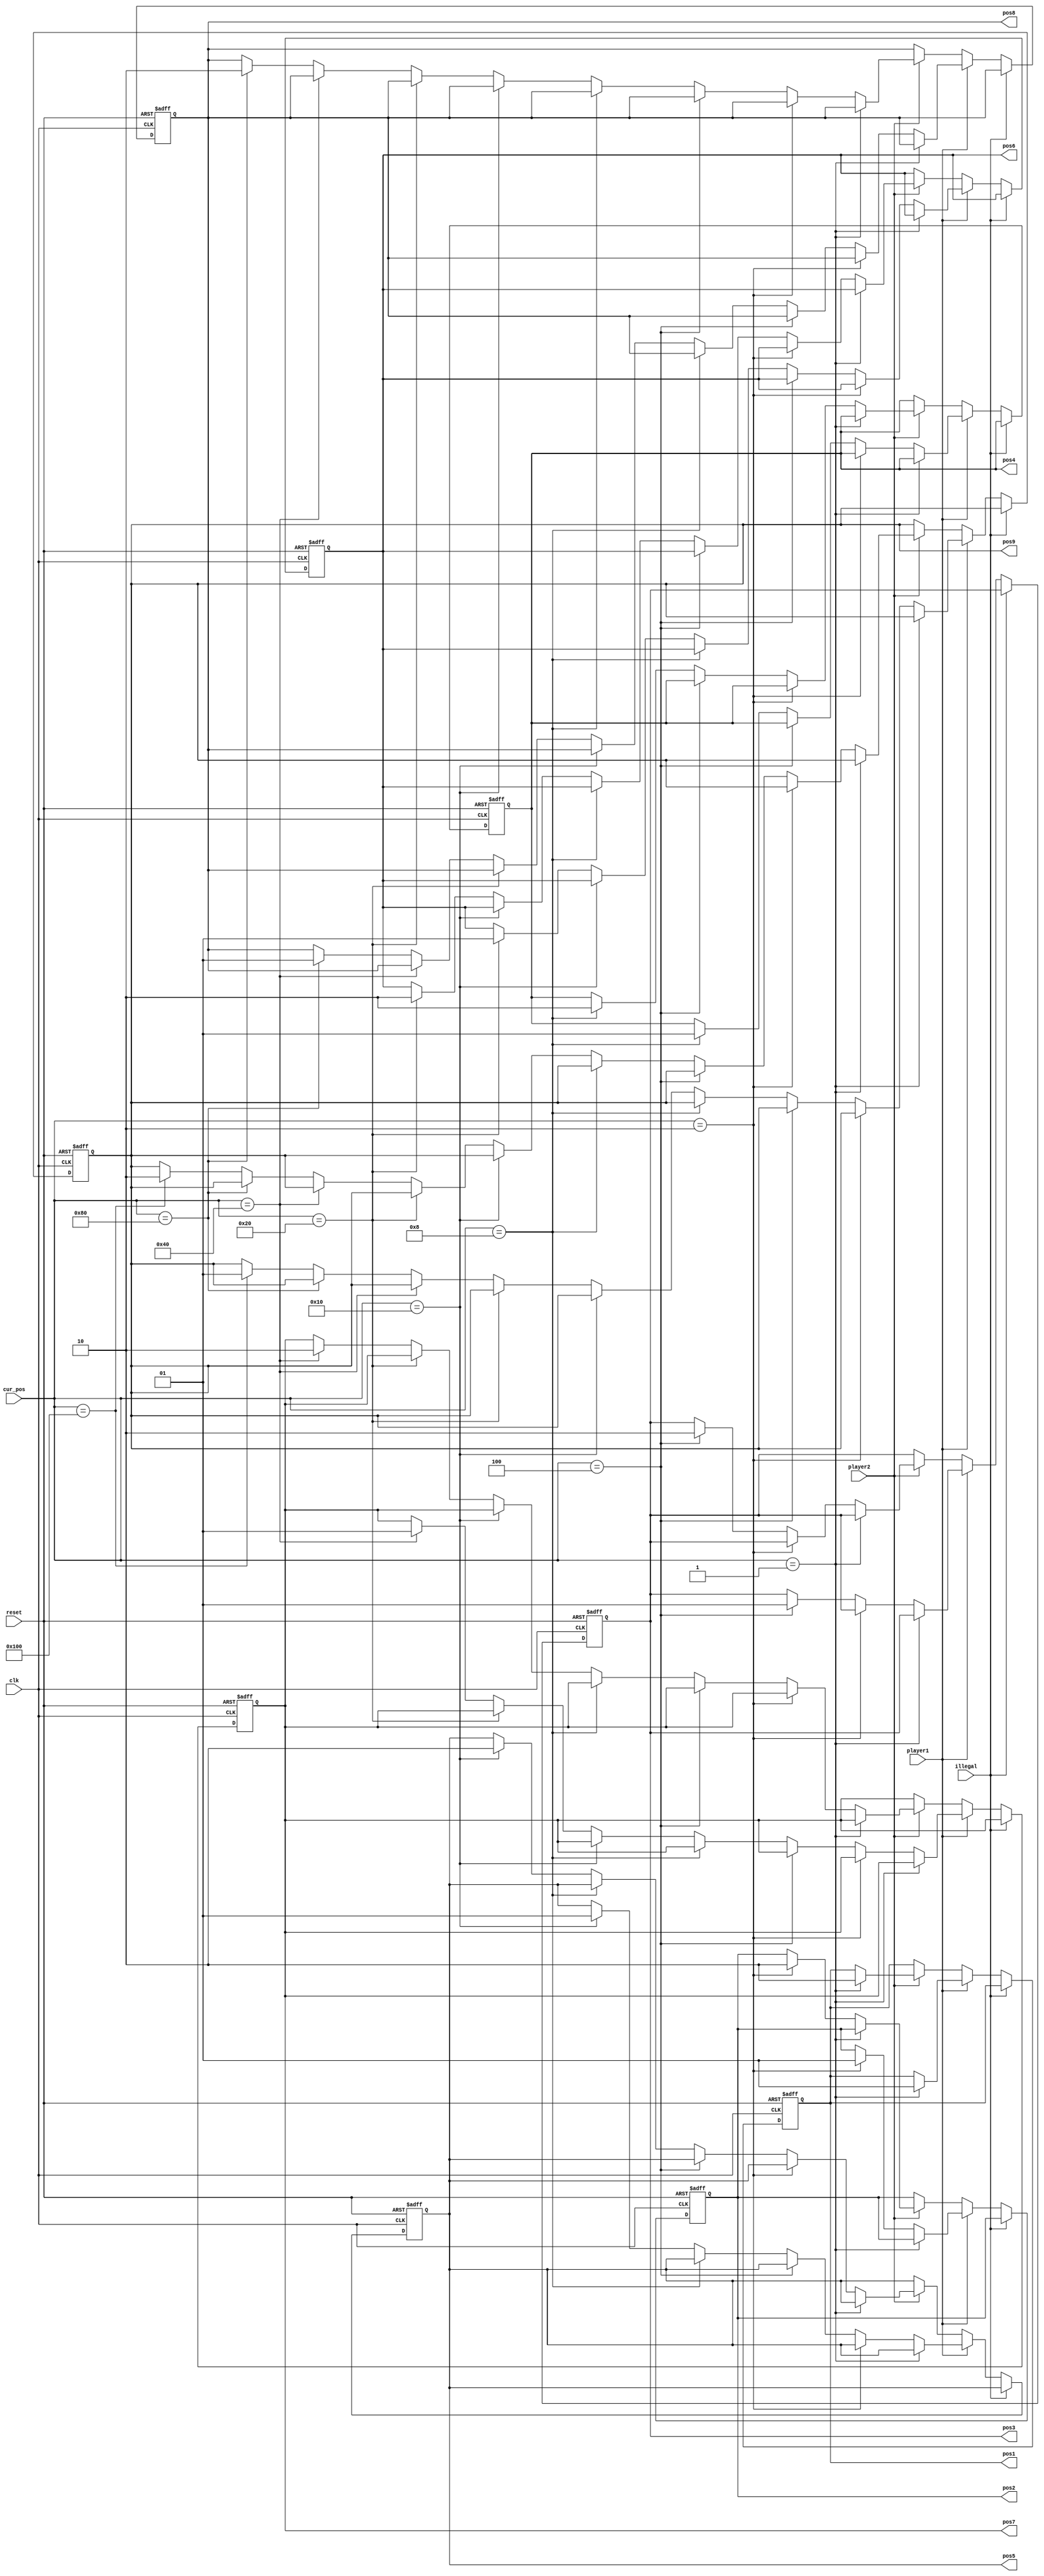
`timescale 1ns / 1ps
//////////////////////////////////////////////////////////////////////////////////
// Company: 
// Engineer: 
// 
// Design Name: 
// Module Name:    position_register 
// Project Name: 
// Target Devices: 
// Tool versions: 
// Description: 
//
// Dependencies: 
//
// Revision: 
// Revision 0.01 - File Created
// Additional Comments: 
//
//////////////////////////////////////////////////////////////////////////////////
module position_register(clk,reset,illegal,player1,player2,cur_pos,pos1,pos2,pos3,pos4,pos5,pos6,pos7,pos8,pos9
    );
	 input clk,reset,illegal, player1, player2;
	 input [8:0]cur_pos;
	 output reg [1:0] pos1,pos2,pos3,pos4,pos5,pos6,pos7,pos8,pos9;
	 
	 
	 always @ (posedge clk or posedge reset) begin
	 if (reset) begin
	   pos1 <= 0;
		pos2 <= 0;
		pos3 <= 0;
		pos4 <= 0;
		pos5 <= 0;
		pos6 <= 0;
		pos7 <= 0;
		pos8 <= 0;
		pos9 <= 0;
	 end
	 else if (illegal == 0) begin
		  if (player1) begin
		    if (cur_pos == 9'b000000001) begin // 1
		      pos1 <= 2'b01;
				pos2 <= pos2;
				pos3 <= pos3;
				pos4 <= pos4;
				pos5 <= pos5;
				pos6 <= pos6;
				pos7 <= pos7;
				pos8 <= pos8;
				pos9 <= pos9;
		    end
		    else if (cur_pos == 9'b000000010) begin // 2
			   pos1 <= pos1;
				pos2 <= 2'b01;
				pos3 <= pos3;
				pos4 <= pos4;
				pos5 <= pos5;
				pos6 <= pos6;
				pos7 <= pos7;
				pos8 <= pos8;
				pos9 <= pos9;
		    end
			 else if (cur_pos == 9'b000000100) begin // 3
			   pos1 <= pos1;
				pos2 <= pos2;
				pos3 <= 2'b01;
				pos4 <= pos4;
				pos5 <= pos5;
				pos6 <= pos6;
				pos7 <= pos7;
				pos8 <= pos8;
				pos9 <= pos9;
		    end
			 else if (cur_pos == 9'b000001000) begin // 4
			   pos1 <= pos1;
				pos2 <= pos2;
				pos3 <= pos3;
				pos4 <= 2'b01;
				pos5 <= pos5;
				pos6 <= pos6;
				pos7 <= pos7;
				pos8 <= pos8;
				pos9 <= pos9;
		    end
			 else if (cur_pos == 9'b000010000) begin // 5
			   pos1 <= pos1;
				pos2 <= pos2;
				pos3 <= pos3;
				pos4 <= pos4;
				pos5 <= 2'b01;
				pos6 <= pos6;
				pos7 <= pos7;
				pos8 <= pos8;
				pos9 <= pos9;
		    end
			 else if (cur_pos == 9'b000100000) begin // 6
			   pos1 <= pos1;
				pos2 <= pos2;
				pos3 <= pos3;
				pos4 <= pos4;
				pos5 <= pos5;
				pos6 <= 2'b01;
				pos7 <= pos7;
				pos8 <= pos8;
				pos9 <= pos9;
		    end
			 else if (cur_pos == 9'b001000000) begin // 7
			   pos1 <= pos1;
				pos2 <= pos2;
				pos3 <= pos3;
				pos4 <= pos4;
				pos5 <= pos5;
				pos6 <= pos6;
				pos7 <= 2'b01;
				pos8 <= pos8;
				pos9 <= pos9;
		    end
			 else if (cur_pos == 9'b010000000) begin // 8
			   pos1 <= pos1;
				pos2 <= pos2;
				pos3 <= pos3;
				pos4 <= pos4;
				pos5 <= pos5;
				pos6 <= pos6;
				pos7 <= pos7;
				pos8 <= 2'b01;
				pos9 <= pos9;
		    end
			 else if (cur_pos == 9'b100000000) begin // 9
			   pos1 <= pos1;
				pos2 <= pos2;
				pos3 <= pos3;
				pos4 <= pos4;
				pos5 <= pos5;
				pos6 <= pos6;
				pos7 <= pos7;
				pos8 <= pos8;
				pos9 <= 2'b01;
		    end

		  end else if(player2) begin
		    if (cur_pos == 9'b000000001) begin // 1
		      pos1 <= 2'b10;
				pos2 <= pos2;
				pos3 <= pos3;
				pos4 <= pos4;
				pos5 <= pos5;
				pos6 <= pos6;
				pos7 <= pos7;
				pos8 <= pos8;
				pos9 <= pos9;
		    end
		    else if (cur_pos == 9'b000000010) begin // 2
			   pos1 <= pos1;
				pos2 <= 2'b10;
				pos3 <= pos3;
				pos4 <= pos4;
				pos5 <= pos5;
				pos6 <= pos6;
				pos7 <= pos7;
				pos8 <= pos8;
				pos9 <= pos9;
		    end
			 else if (cur_pos == 9'b000000100) begin // 3
			   pos1 <= pos1;
				pos2 <= pos2;
				pos3 <= 2'b10;
				pos4 <= pos4;
				pos5 <= pos5;
				pos6 <= pos6;
				pos7 <= pos7;
				pos8 <= pos8;
				pos9 <= pos9;
		    end
			 else if (cur_pos == 9'b000001000) begin // 4
			   pos1 <= pos1;
				pos2 <= pos2;
				pos3 <= pos3;
				pos4 <= 2'b10;
				pos5 <= pos5;
				pos6 <= pos6;
				pos7 <= pos7;
				pos8 <= pos8;
				pos9 <= pos9;
		    end
			 else if (cur_pos == 9'b000010000) begin // 5
			   pos1 <= pos1;
				pos2 <= pos2;
				pos3 <= pos3;
				pos4 <= pos4;
				pos5 <= 2'b10;
				pos6 <= pos6;
				pos7 <= pos7;
				pos8 <= pos8;
				pos9 <= pos9;
		    end
			 else if (cur_pos == 9'b000100000) begin // 6
			   pos1 <= pos1;
				pos2 <= pos2;
				pos3 <= pos3;
				pos4 <= pos4;
				pos5 <= pos5;
				pos6 <= 2'b10;
				pos7 <= pos7;
				pos8 <= pos8;
				pos9 <= pos9;
		    end
			 else if (cur_pos == 9'b001000000) begin // 7
			   pos1 <= pos1;
				pos2 <= pos2;
				pos3 <= pos3;
				pos4 <= pos4;
				pos5 <= pos5;
				pos6 <= pos6;
				pos7 <= 2'b10;
				pos8 <= pos8;
				pos9 <= pos9;
		    end
			 else if (cur_pos == 9'b010000000) begin // 8
			   pos1 <= pos1;
				pos2 <= pos2;
				pos3 <= pos3;
				pos4 <= pos4;
				pos5 <= pos5;
				pos6 <= pos6;
				pos7 <= pos7;
				pos8 <= 2'b10;
				pos9 <= pos9;
		    end
			 else if (cur_pos == 9'b100000000) begin // 9
			   pos1 <= pos1;
				pos2 <= pos2;
				pos3 <= pos3;
				pos4 <= pos4;
				pos5 <= pos5;
				pos6 <= pos6;
				pos7 <= pos7;
				pos8 <= pos8;
				pos9 <= 2'b10;
		    end 
		  
		  end // end of player 2
		end // end illegal
		else begin
			   pos1 <= pos1;
				pos2 <= pos2;
				pos3 <= pos3;
				pos4 <= pos4;
				pos5 <= pos5;
				pos6 <= pos6;
				pos7 <= pos7; 
				pos8 <= pos8;
				pos9 <= pos9;
	   end
  end //end always


endmodule